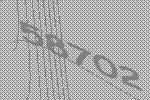
58702